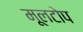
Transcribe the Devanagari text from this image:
मूलटोप